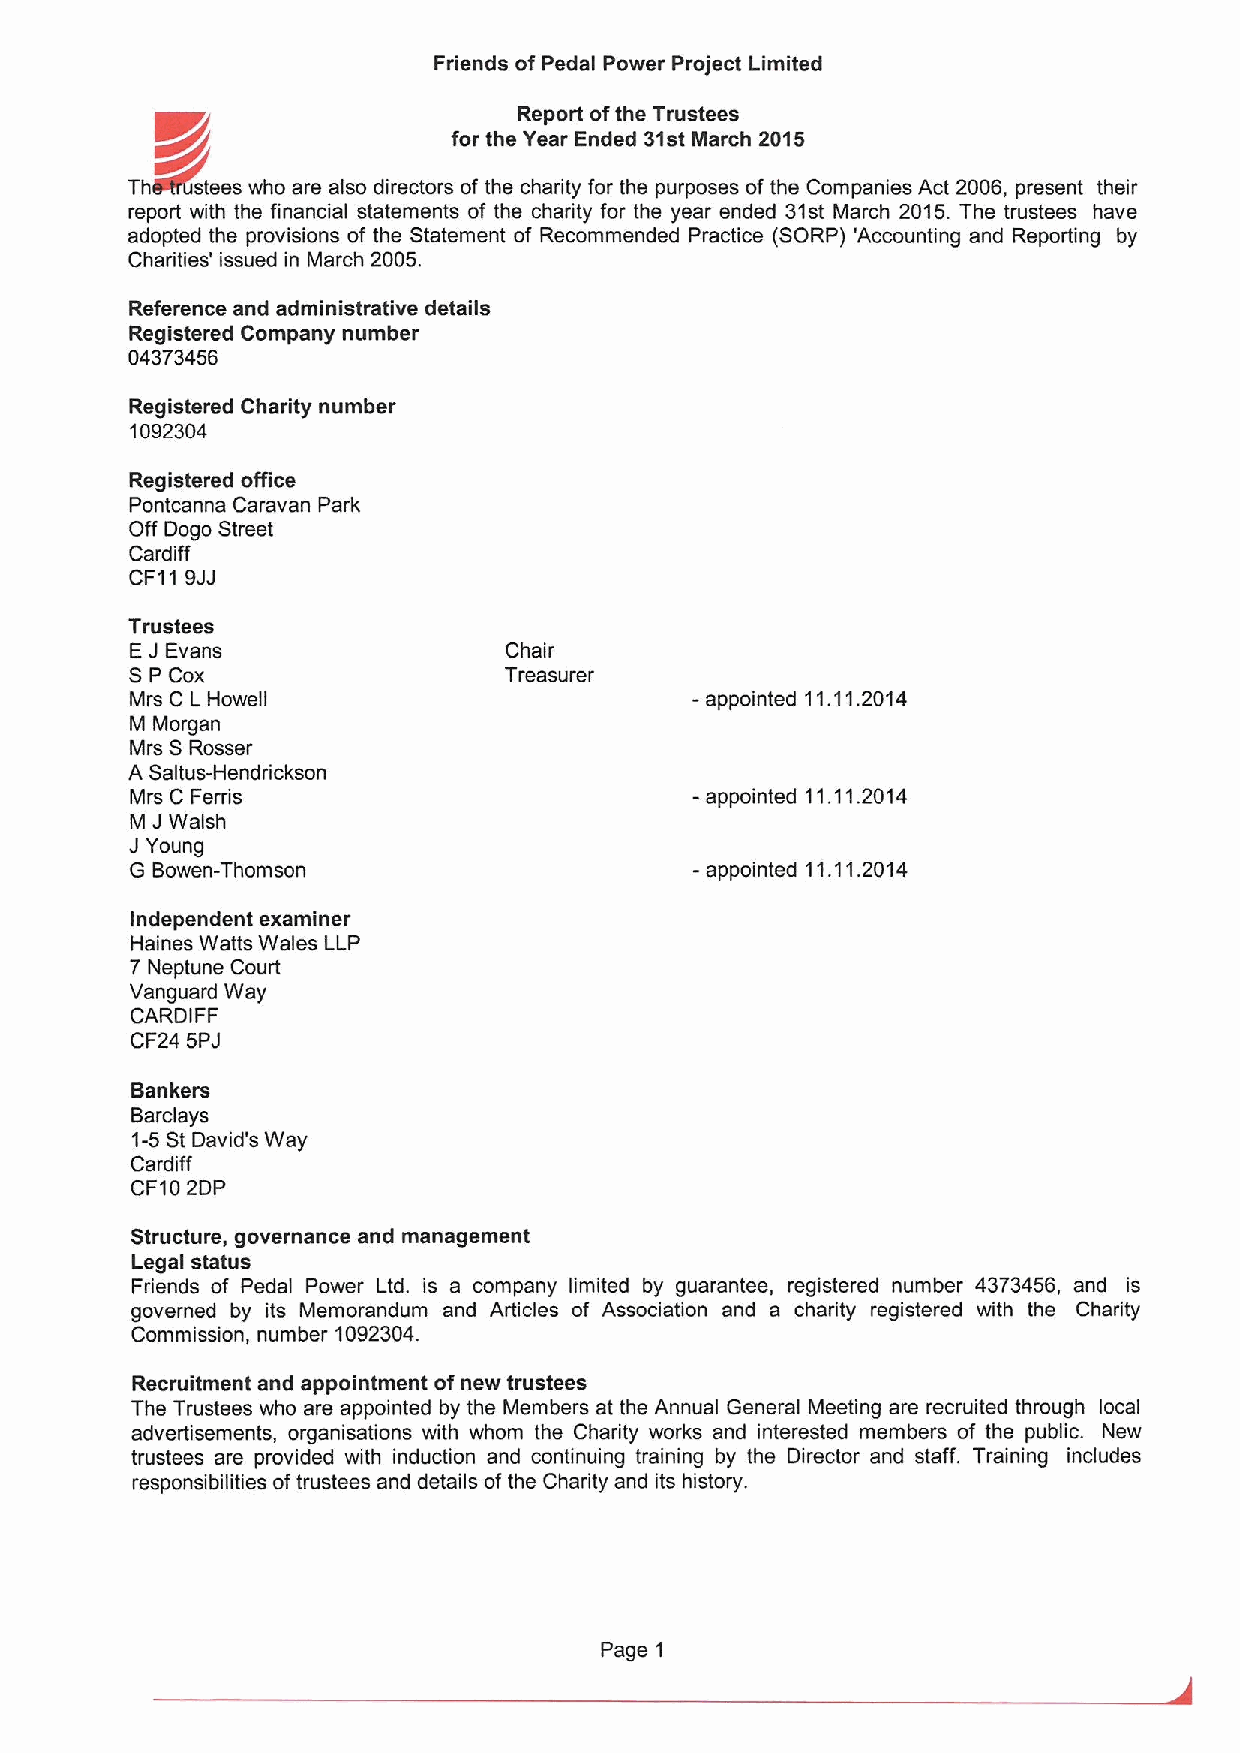
Friends ofPedal Power Project Limited
 Report ofthe Trustees
 for the Year Ended 31stMarch 2015
 Th   stees who are also directors of the charity for the purposes of the Companies Act 2006, present their
 report with the financial statements of the charity for the year ended 31st March 2015.The trustees have
 adopted the provisions of the Statement of Recommended Practice (SORP) 'Accounting and Reporting by
 Charities' issued in March 2005.
 Reference and administrative details
 Registered Company number
 04373456
 Registered Charity number
 1092304
 Registered office
 Pontcanna Caravan Park
 Off Dogo Street
 Cardiff
 CF119JJ
 Trustees
 EJ Evans                Chair
 SP Cox                  Treasurer
 Mrs C L Howell                       - appointed 11.11.2014
 M Morgan
 Mrs SRosser
 A Saltus-Hendrickson
 Mrs C Ferris                         - appointed 11.11.2014
 M
 JWalsh
 JYoung
 G Bowen-Thomson                      -appointed 11.11.2014
 Independent examiner
 Haines Watts Wales LLP
 7 Neptune Court
 Vanguard Way
 CARDIFF
 CF24 5PJ
 Bankers
 Barclays
 1-5St David's Way
 Cardiff
 CF102DP
 Structure, governance and management
 Legal status
 Friends of Pedal Power Ltd. is a company limited by guarantee, registered number 4373456, and is
 governed by its Memorandum and Articles of Association and a charity registered with the Charity
 Commission, number 1092304.
 Recruitment and appointment ofnew trustees
 The Trustees who are appointed by the Members at the Annual General Meeting are recruited through local
 advertisements, organisations with whom the Charity works and interested members of the public. New
 trustees are provided with induction and continuing training by the Director and staff. Training includes
 responsibilities oftrustees and details ofthe Charity and its history.
 Page 1